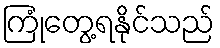
ကြုံတွေ့ရနိုင်သည်